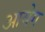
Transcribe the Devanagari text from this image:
आयेग